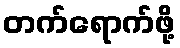
တက်ရောက်ဖို့